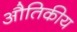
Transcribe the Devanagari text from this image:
औतिकीय